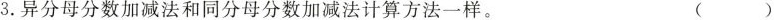
3. 异分母分数加减法和同分母分数加减法计算方法一样。 ( )